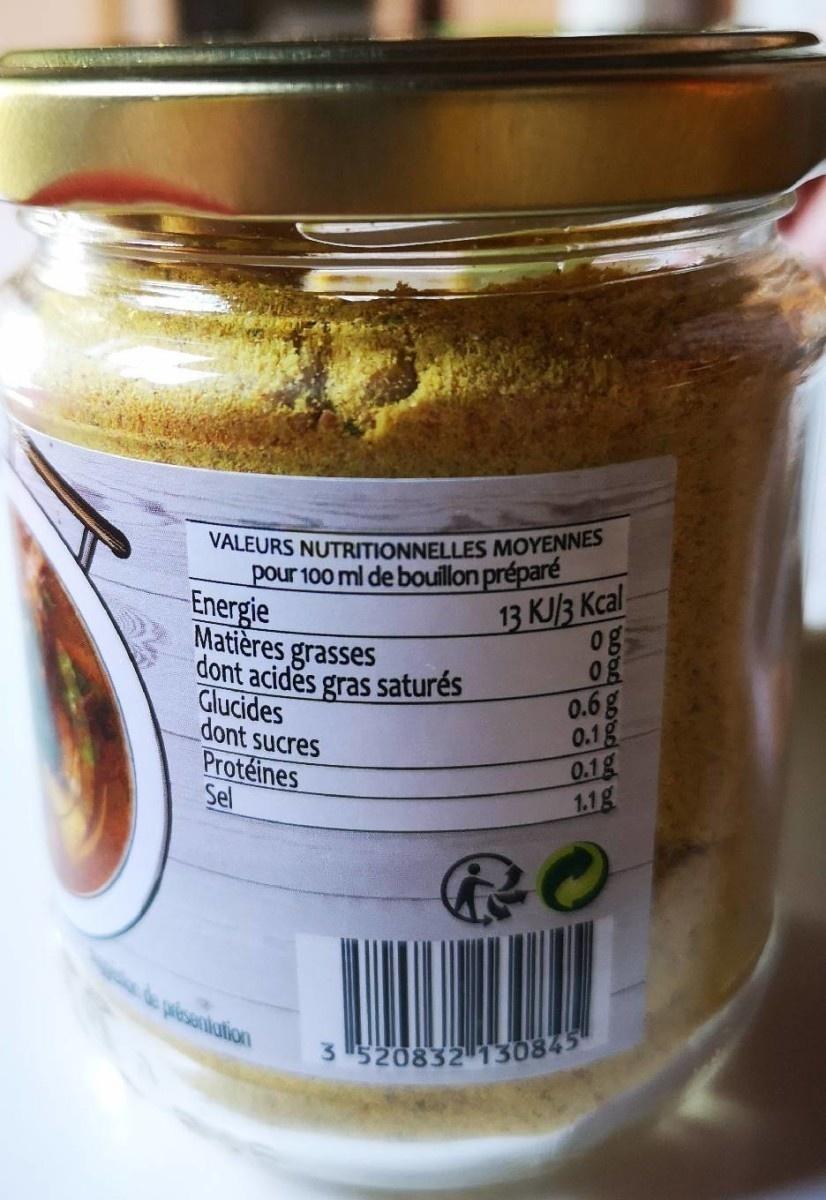
VALEURS NUTRITIONNELLES MOYENNES
pour 100 ml de bouillon préparé 13 KJ3 Kcal
Energie Matières grasses
0g 0g 0.6g 0.1g 0.1g 1.1g
dont acides gras saturés
Glucides dont sucres Protéines Sel
e peseniation
S 1520832130845